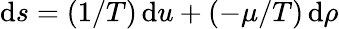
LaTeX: \mathrm{d}s=(1/T)\, \mathrm{d}u+(-\mu/T)\, \mathrm{d}\rho